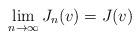
LaTeX: \begin{align*} \lim_{n \to \infty} J_n(v) = J(v) \end{align*}